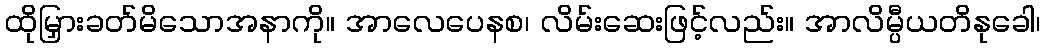
ထိုမြှားခတ်မိသောအနာကို။ အာလေပေနစ၊ လိမ်းဆေးဖြင့်လည်း။ အာလိမ္ပီယတိနုခေါ၊